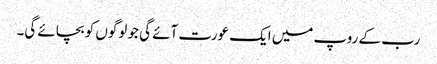
رب کے روپ میں ایک عورت آئے گی جو لوگوں کو بچائے گی۔